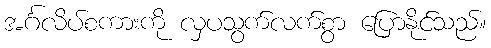
အင်္ဂလိပ်စကားကို လှပသွက်လက်စွာ ပြောနိုင်သည်။